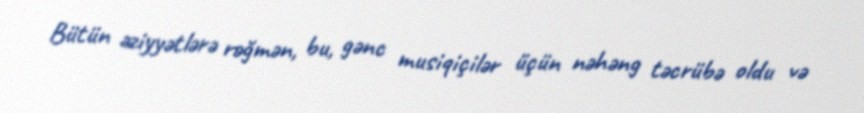
Bütün əziyyətlərə rəğmən, bu, gənc musiqiçilər üçün nəhəng təcrübə oldu və